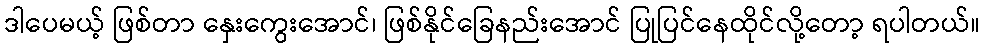
ဒါပေမယ့် ဖြစ်တာ နှေးကွေးအောင်၊ ဖြစ်နိုင်ခြေနည်းအောင် ပြုပြင်နေထိုင်လို့တော့ ရပါတယ်။